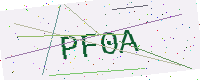
Text: PF0A